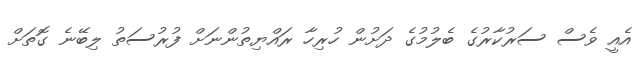
އެއީ ވެސް ސަރުކާރުގެ ބެލުމުގެ ދަށުން ހުރިހާ ރައްޔިތުންނަށް ފުރުސަތު ލިބޭނެ ގޮތަށް